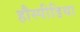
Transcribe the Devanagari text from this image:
हौस्पीडिया